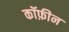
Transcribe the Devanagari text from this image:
कॉफ़ीन